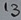
Text: 13